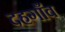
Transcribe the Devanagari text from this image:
दहगाँव